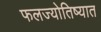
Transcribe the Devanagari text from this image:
फलज्योतिष्यात